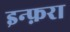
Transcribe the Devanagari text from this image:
इन्फ़रा